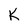
Character: K